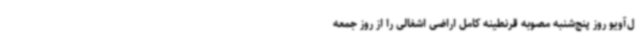
ل‌آویو روز پنج‌شنبه مصوبه قرنطینه کامل اراضی اشغالی را از روز جمعه